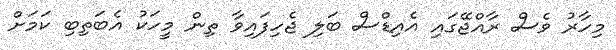
މިހާރު ވެސް ރާއްޖޭގައި އެއިޑްސް ބަލި ޖެހިފައިވާ ތިން މީހަކު އެބަތިބި ކަމަށް